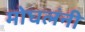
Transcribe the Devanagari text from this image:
मोघलंनी